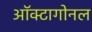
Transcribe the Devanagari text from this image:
ऑक्टागोनल